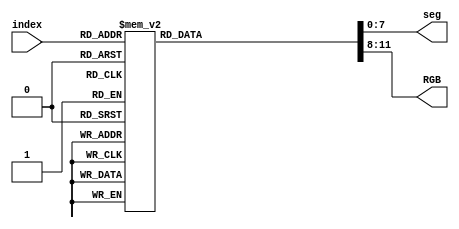
`timescale 1ns / 1ps
//////////////////////////////////////////////////////////////////////////////////
// Company: 
// Engineer: 
// 
// Design Name: 
// Module Name: colourHex_disp
// Project Name: 
// Target Devices: 
// Tool Versions: 
// Description: 
// 
// Dependencies: 
// 
// Revision:
// Revision 0.01 - File Created
// Additional Comments:
// 
//////////////////////////////////////////////////////////////////////////////////


module colourHex_disp(input [3:0] index, output reg [7:0] seg, output reg [3:0] RGB);

    always @ * begin
        case(index)
            4'd0: begin seg <= 8'b11000000; RGB <= 4'b0000; end
            4'd1: begin seg <= 8'b11111001; RGB <= 4'b0001; end
            4'd2: begin seg <= 8'b10100100; RGB <= 4'b0010; end
            4'd3: begin seg <= 8'b10110000; RGB <= 4'b0011; end
            4'd4: begin seg <= 8'b10011001; RGB <= 4'b0100; end
            4'd5: begin seg <= 8'b10010010; RGB <= 4'b0101; end
            4'd6: begin seg <= 8'b10000010; RGB <= 4'b0110; end
            4'd7: begin seg <= 8'b11111000; RGB <= 4'b0111; end
            4'd8: begin seg <= 8'b10000000; RGB <= 4'b1000; end
            4'd9: begin seg <= 8'b10010000; RGB <= 4'b1001; end
            4'd10: begin seg <= 8'b10001000; RGB <= 4'b1010; end
            4'd11: begin seg <= 8'b10000011; RGB <= 4'b1011; end
            4'd12: begin seg <= 8'b11000110; RGB <= 4'b1100; end
            4'd13: begin seg <= 8'b10100001; RGB <= 4'b1101; end
            4'd14: begin seg <= 8'b10000110; RGB <= 4'b1110; end
            4'd15: begin seg <= 8'b10001110; RGB <= 4'b1111; end
        endcase
    end
endmodule